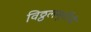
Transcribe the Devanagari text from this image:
विठ्ठलमूर्तीची